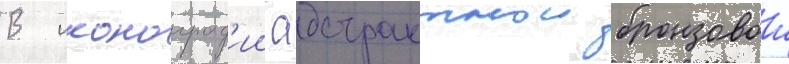
В иконограф'ии абстрактнои бронзовои